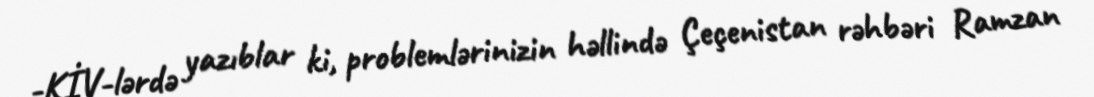
-KİV-lərdə yazıblar ki, problemlərinizin həllində Çeçenistan rəhbəri Ramzan